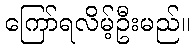
ကြော်ရလိမ့်ဦးမည်။